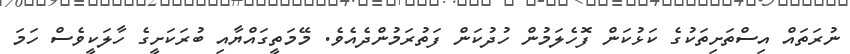
ނުރަތައް އިސްތަށިތަކުގެ ކަޅުކަން ފޮހެލަމުން ހުދުކަން ފަތުރަމުންދެއެވެ. މޭމަތީގައްޔާއި ބުރަކަށީގެ ހާލަކީވެސް ހަމަ